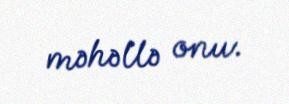
məhəllə onu.